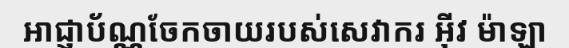
អាជ្ញាប័ណ្ណចែកចាយរបស់សេវាករ អ៊ីវ ម៉ាឡា